Specificity of antivenomous sera - Number 5
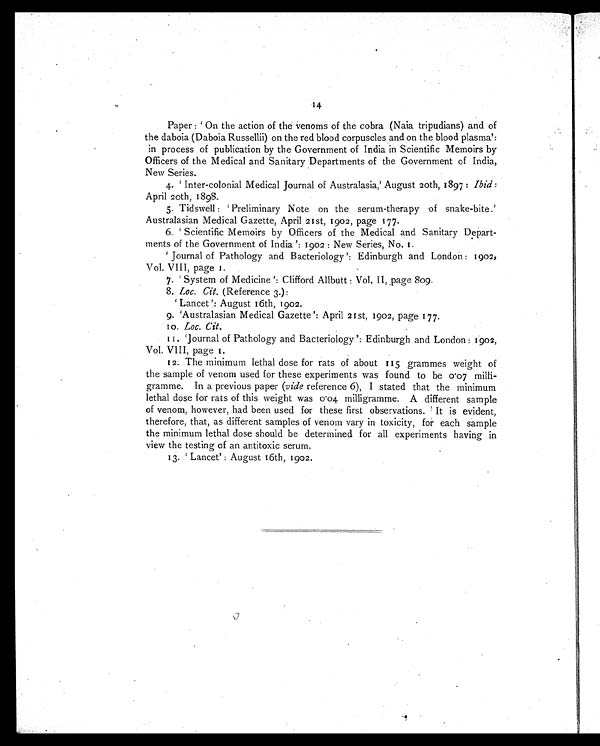
14
Paper :' On the action of the venoms of the cobra (Naia tripudians) and of
the daboia (Daboia Russellii) on the red blood corpuscles and on the blood plasma':
in process of publication by the Government of India in Scientific Memoirs by
Officers of the Medical and Sanitary Departments of the Government of India,
New Series.
4.
' Inter-colonial Medical Journal of Australasia,' August 20th, 1897: Ibid :
April 20th, 1898.
5. Tidswell: 'Preliminary Note on the serum-therapy of snake-bite.'
Australasian Medical Gazette, April 21st, 1902, page 177.
6.
' Scientific Memoirs by Officers of the Medical and Sanitary Depart-
ments of the Government of India ': 1902 : New Series, No.1
' Journal of Pathology and Bacteriology ': Edinburgh and London : 1902,
Vol. VIII, page 1.
7.
' System of Medicine ': Clifford Allbutt: Vol. II, .page 809.
8. Loc. Cit. (Reference 3.):
' Lancet ': August 16th, 1902.
9. 'Australasian Medical Gazette ': April 21st, 1902, page 177.
10. Loc. Ci t .
11. ' Journal of Pathology and Bacteriology ': Edinburgh and London: 1902,
Vol. VIII, page 1.
12. The minimum lethal dose for rats of about 115 grammes weight of
the sample of venom used for these experiments was found to be 0.07 milli-
gramme. In a previous paper (vide reference 6), I stated that the minimum
lethal dose for rats of this weight was 0.04 milligramme. A different sample
of venom, however, had been used for these first observations. It is evident,
therefore, that, as different samples of venom vary in toxicity, for each sample
the minimum lethal dose should be determined for all experiments having in
view the testing of an antitoxic serum.
13.
'Lancet': August 16th, 1902.